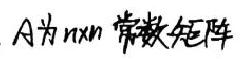
$A$为$n\times n$常数矩阵